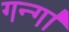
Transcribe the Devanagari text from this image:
गन्गा॑